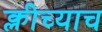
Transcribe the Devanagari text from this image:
क्लीच्याच